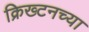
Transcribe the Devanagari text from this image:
क्रिख्टनच्या